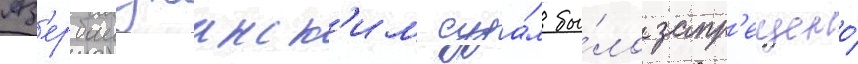
Аз'ербаиджанск'им суда́м бы́ло запр'ещено́